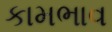
કામભાવ